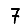
Digit: 7